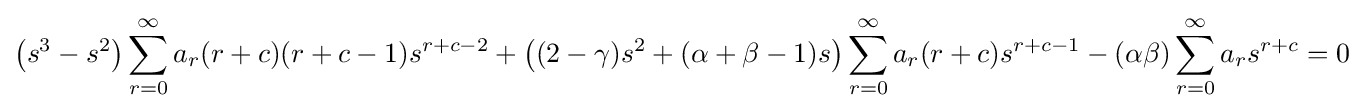
\left(s^{3}-s^{2}\right)\sum _{r=0}^{\infty }{a_{r}(r+c)(r+c-1)s^{r+c-2}}+\left((2-\gamma )s^{2}+(\alpha +\beta -1)s\right)\sum _{r=0}^{\infty }{a_{r}(r+c)s^{r+c-1}}-(\alpha \beta )\sum _{r=0}^{\infty }{a_{r}s^{r+c}}=0